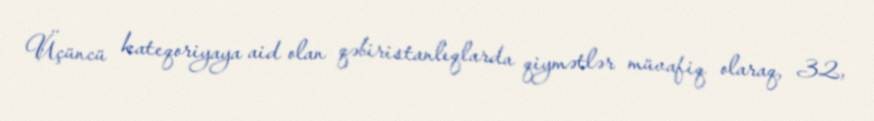
Üçüncü kateqoriyaya aid olan qəbiristanlıqlarda qiymətlər müvafiq olaraq, 32,